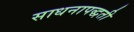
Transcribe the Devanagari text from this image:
साधनापद्धती